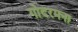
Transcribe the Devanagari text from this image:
गोदरमना